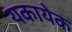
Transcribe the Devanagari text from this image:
यकायेक